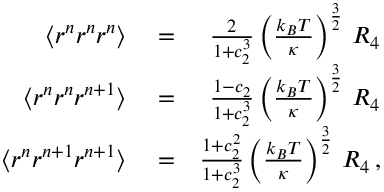
\begin{array} { r l r } { \langle r ^ { n } r ^ { n } r ^ { n } \rangle } & { { } = } & { \frac { 2 } { 1 + c _ { 2 } ^ { 3 } } \left( \frac { k _ { B } T } { \kappa } \right) ^ { \frac { 3 } { 2 } } \, { \cal R } _ { 4 } } \\ { \langle r ^ { n } r ^ { n } r ^ { n + 1 } \rangle } & { { } = } & { \frac { 1 - c _ { 2 } } { 1 + c _ { 2 } ^ { 3 } } \left( \frac { k _ { B } T } { \kappa } \right) ^ { \frac { 3 } { 2 } } \, { \cal R } _ { 4 } } \\ { \langle r ^ { n } r ^ { n + 1 } r ^ { n + 1 } \rangle } & { { } = } & { \frac { 1 + c _ { 2 } ^ { 2 } } { 1 + c _ { 2 } ^ { 3 } } \left( \frac { k _ { B } T } { \kappa } \right) ^ { \frac { 3 } { 2 } } \, { \cal R } _ { 4 } \, , } \end{array}